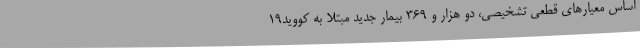
اساس معیارهای قطعی تشخیصی، دو هزار و 369 بیمار جدید مبتلا به کووید19